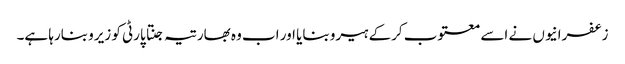
زعفرانیوں نے اسے معتوب کرکے ہیرو بنایا اور اب وہ بھارتیہ جنتا پارٹی کو زیرو بنارہا ہے۔